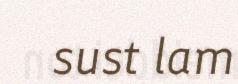
sust lam